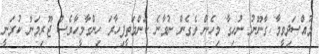
މުއްސަދިވީމާ ގާނޫނު ނުހިގާ މިހެން ވެގެން ނުވާނެ ކަންމަތީފިހާރަ ހިންގާމީހާވެސް ޖޫރިމަނާ ކުރަނީ